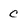
Character: C